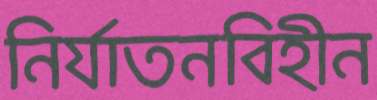
নির্যাতনবিহীন